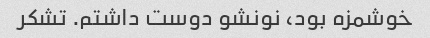
خوشمزه بود، نونشو دوست داشتم. تشکر